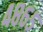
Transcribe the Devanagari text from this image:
४८६५